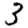
Digit: 3